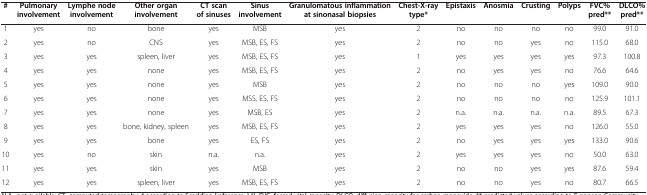
| # | Pulmonary involvement | Lymphe node involvement | Other organ involvement | CT scan of sinuses | Sinus involvement | Granulomatous inflammation at sinonasal biopsies | Chest-X-ray type* | Epistaxis | Anosmia | Crusting | Polyps | FVC% pred** | DLCO% pred** |
 | --- | --- | --- | --- | --- | --- | --- | --- | --- | --- | --- | --- | --- | --- |
 | 1 | yes | no | bone | yes | MSB | yes | 2 | no | no | no | no | 99.0 | 91.0 |
 | 2 | yes | no | CNS | yes | MSB, ES, FS | yes | 2 | no | no | yes | no | 115.0 | 68.0 |
 | 3 | yes | yes | spleen, liver | yes | MSB, ES, FS | yes | 1 | yes | yes | yes | yes | 97.3 | 100.8 |
 | 4 | yes | yes | none | yes | MSB, ES, FS | yes | 2 | no | yes | yes | no | 76.6 | 64.6 |
 | 5 | yes | yes | none | yes | MSB | yes | 2 | no | no | no | yes | 109.0 | 90.0 |
 | 6 | yes | yes | none | yes | MSS, ES, FS | yes | 2 | no | no | no | no | 125.9 | 101.1 |
 | 7 | yes | yes | none | yes | MSB, ES | yes | 2 | n.a. | n.a. | n.a. | n.a. | 89.5 | 67.3 |
 | 8 | yes | yes | bone, kidney, spleen | yes | MSB, ES, FS | yes | 2 | yes | yes | yes | no | 126.0 | 55.0 |
 | 9 | yes | yes | bone | yes | ES, FS | yes | 2 | no | yes | yes | yes | 133.0 | 90.6 |
 | 10 | yes | no | skin | n.a. | n.a. | yes | 2 | yes | yes | yes | no | 50.0 | 63.0 |
 | 11 | yes | yes | skin | yes | MSB | yes | 2 | no | no | yes | yes | 87.6 | 59.4 |
 | 12 | yes | yes | spleen, liver | yes | MSB, ES, FS | yes | 2 | no | no | yes | no | 80.7 | 66.5 |